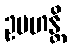
ဥပဟန္တိ